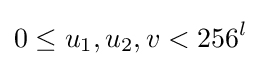
0\leq u_{1},u_{2},v<256^{l}